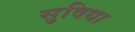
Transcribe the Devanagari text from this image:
सुविधा